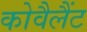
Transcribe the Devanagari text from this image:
कोवैलैंट